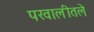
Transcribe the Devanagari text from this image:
पखालीतले